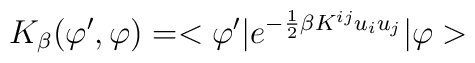
K_{\beta}(\varphi',\varphi)=<\varphi'|e^{-\frac{1}{2}\beta K^{ij}u_iu_j}|\varphi>